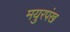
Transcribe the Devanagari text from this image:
मयुरपंख